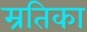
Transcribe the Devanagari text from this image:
म्रतिका